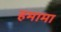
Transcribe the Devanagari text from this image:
हमामा